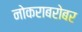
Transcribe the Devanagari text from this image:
नोकराबरोबर